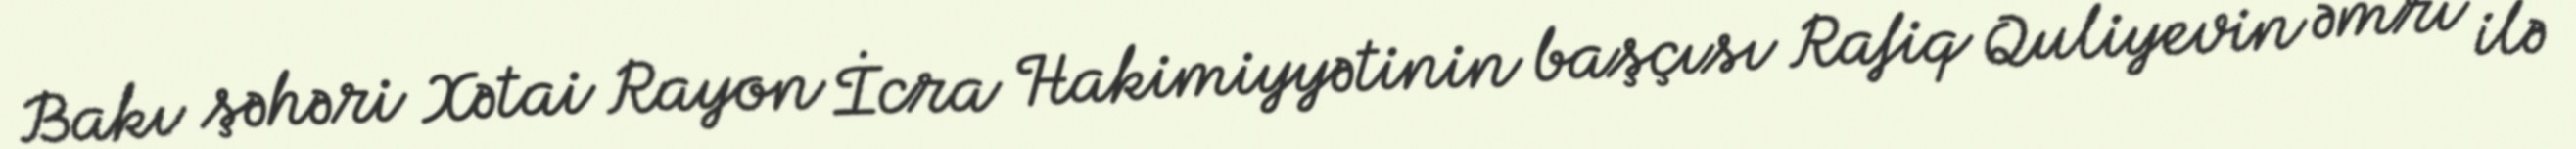
Bakı şəhəri Xətai Rayon İcra Hakimiyyətinin başçısı Rafiq Quliyevin əmri ilə